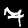
Label: 7